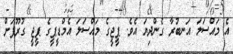
އެ މައްސަލަ އަނބުރާ ގެންދިޔަ އެވެ. ޕީޖީގެ މައްސަލަ އެމްޑީޕީގެ ޕީޖީ ގުރޫޕަށް